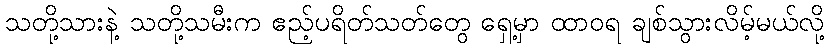
သတို့သားနဲ့ သတို့သမီးက ဧည့်ပရိတ်သတ်တွေ ရှေ့မှာ ထာဝရ ချစ်သွားလိမ့်မယ်လို့